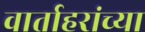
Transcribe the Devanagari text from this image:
वार्ताहरांच्या